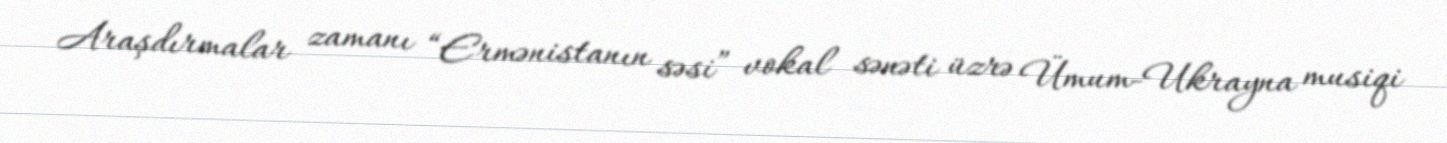
Araşdırmalar zamanı “Ermənistanın səsi” vokal sənəti üzrə Ümum-Ukrayna musiqi